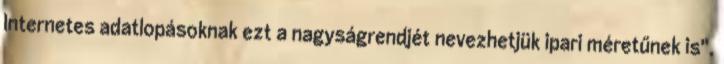
Internetes adatlopásoknak ezt a nagyságrendjét nevezhetjük ipari méretűnek is".